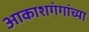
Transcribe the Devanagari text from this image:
आकाशगंगांच्या